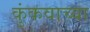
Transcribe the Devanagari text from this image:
कुंकवाच्या